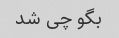
بگو چی شد